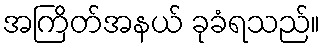
အကြိတ်အနယ် ခုခံရသည်။